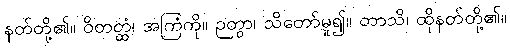
နတ်တို့၏။ ဝိတတ္ထံ၊ အကြံကို။ ဉတွာ၊ သိတော်မူ၍။ တာသိ၊ ထိုနတ်တို့၏။